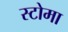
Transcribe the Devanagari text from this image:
स्टोमा